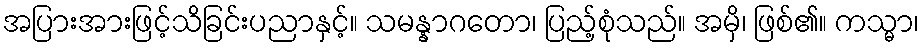
အပြားအားဖြင့်သိခြင်းပညာနှင့်။ သမန္နာဂတော၊ ပြည့်စုံသည်။ အမှိ၊ ဖြစ်၏။ ကသ္မာ၊